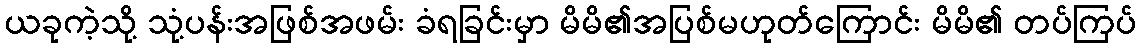
ယခုကဲ့သို့ သုံ့ပန်းအဖြစ်အဖမ်း ခံရခြင်းမှာ မိမိ၏အပြစ်မဟုတ်ကြောင်း မိမိ၏ တပ်ကြပ်